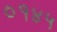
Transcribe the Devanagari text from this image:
०१४५